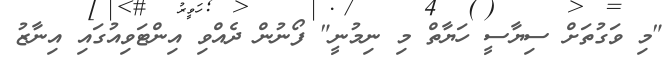
"މި ވަގުތަށް ސިޔާސީ ހަޔާތް މި ނިމުނީ" ފޯނުން ދެއްވި އިންޓަވިއުގައި އިނާޒު